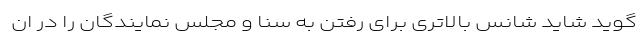
گوید شاید شانس بالاتری برای رفتن به سنا و مجلس نمایندگان را در ان